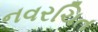
નવરચિત